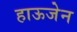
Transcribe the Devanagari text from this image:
हाऊजेन